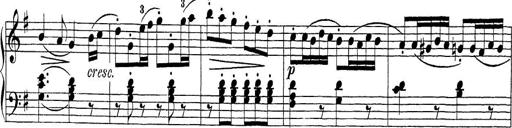
Title: Sonatina Album
Composer: Louis KÃ¶hler